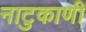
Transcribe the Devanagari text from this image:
नाटुकाणी